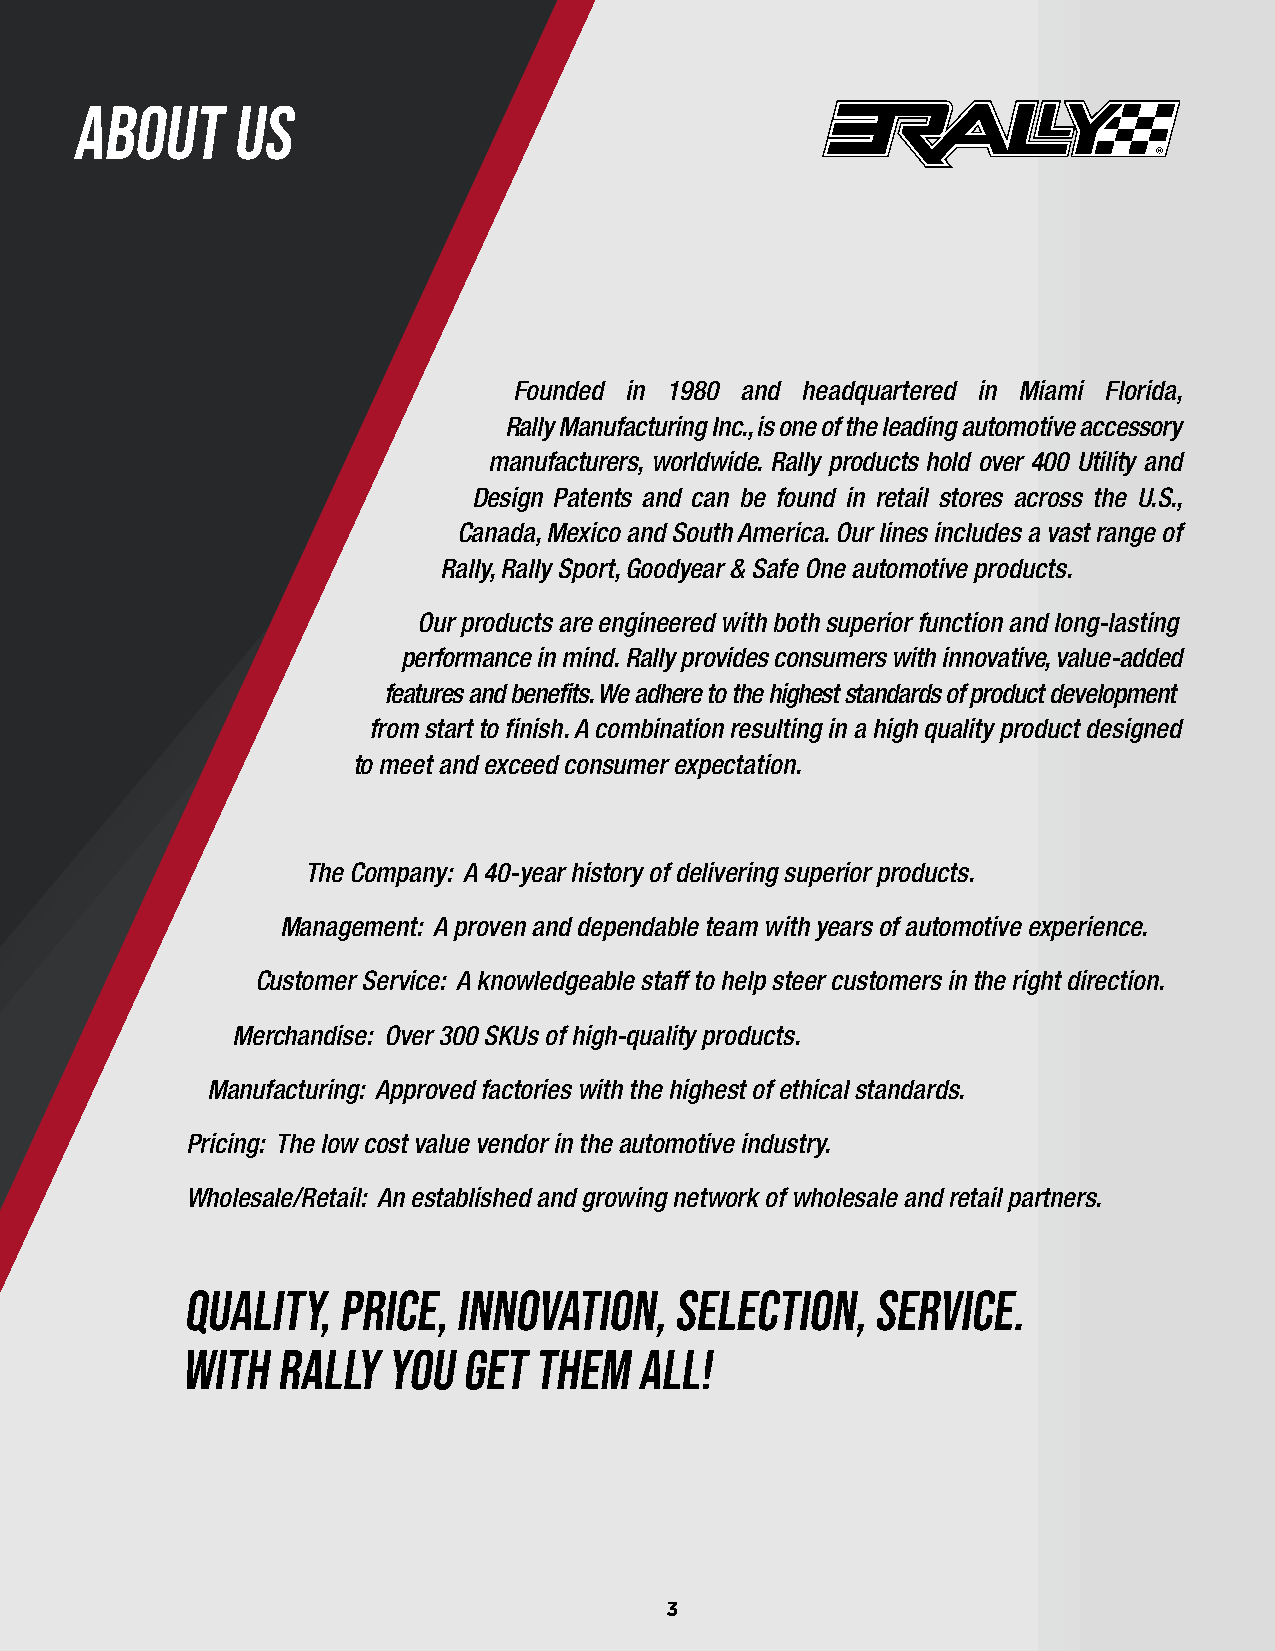
ABOUT     US
 Founded in 1980 and headquartered in Miami Florida,
 Rally Manufacturing Inc ., is one of the leading automotive accessory
 manufacturers, worldwide . Rally products hold over 400 Utility and
 Design Patents and can be found in retail stores across the U .S .,
 Canada, Mexico and South America . Our lines includes a vast range of
 Rally, Rally Sport, Goodyear & Safe One automotive products .
 Our products are engineered with both superior function and long-lasting
 performance in mind . Rally provides consumers with innovative, value-added
 features and benefits . We adhere to the highest standards of product development
 from start to finish . A combination resulting in a high quality product designed
 to meet and exceed consumer expectation .
 The Company: A 40-year history of delivering superior products .
 Management: A proven and dependable team with years of automotive experience .
 Customer Service: A knowledgeable staff to help steer customers in the right direction .
 Merchandise: Over 300 SKUs of high-quality products .
 Manufacturing: Approved factories with the highest of ethical standards .
 Pricing: The low cost value vendor in the automotive industry .
 Wholesale/Retail: An established and growing network of wholesale and retail partners .
 Quality,  Price,  Innovation,    Selection,   Service.
 With  Rally   You  Get Them   All!
 3